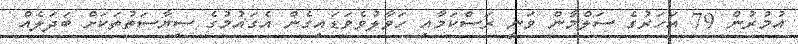
އުމުރުން 79 އަހަރުގެ ސަލްމާން ވަނީ ރަސްކަމާއި ހަވާލުވެވަޑައިގެން އެގައުމުގެ ސިޔާސަތުތަކަށް ބަދަލެއް